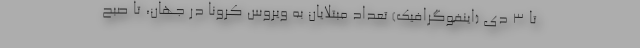
تا ۳ دی (اینفوگرافیک) تعداد مبتلایان به ویروس کرونا در جهان، تا صبح